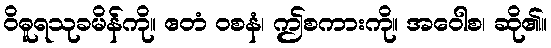
ဝိဓူရသုခမိန်ကို။ ဧတံ ဝစနံ၊ ဤစကားကို။ အဝေါစ၊ ဆို၏။